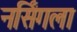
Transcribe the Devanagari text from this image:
नर्सिंगला